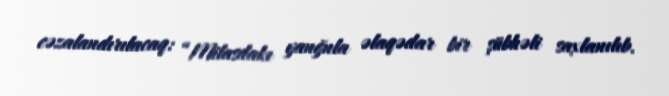
cəzalandırılacaq: “Milasdakı yanğnla əlaqədar bir şübhəli saxlanılıb.